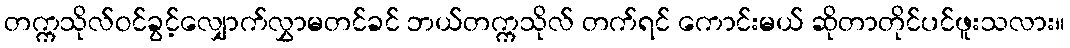
တက္ကသိုလ်ဝင်ခွင့်လျှောက်လွှာမတင်ခင် ဘယ်တက္ကသိုလ် တက်ရင် ကောင်းမယ် ဆိုတာတိုင်ပင်ဖူးသလား။